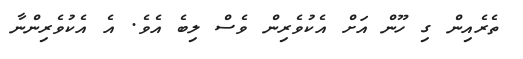
ތެރެއިން ގި ހޫން އަށް އެކުވެރިން ވެސް ލިބެ އެވެ. އެ އެކުވެރިންނާ